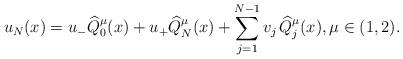
LaTeX: \begin{align*}u_N(x)=u_- \widehat Q_0^{\mu}(x)+u_+\widehat Q_N^{\mu}(x)+\sum_{j=1}^{N-1} v_j \,\widehat Q_j^\mu(x),\mu\in (1,2). \end{align*}